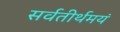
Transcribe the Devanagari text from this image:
सर्वतीर्थमयं